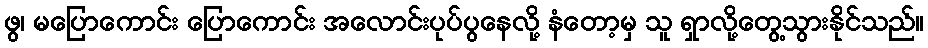
ဖွ၊ မပြောကောင်း ပြောကောင်း အလောင်းပုပ်ပွနေလို့ နံတော့မှ သူ ရှာလို့တွေ့သွားနိုင်သည်။